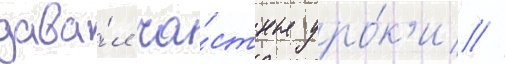
дава́л ча́стные уро́к'и //